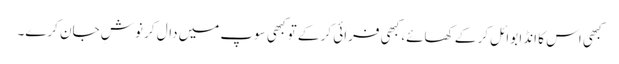
کبھی اس کا انڈا بوائل کر کے کھائے، کبھی فرائی کر کے تو کبھی سوپ میں دال کر نوشِ جان کرے۔